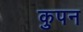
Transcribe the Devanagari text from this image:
कुपन